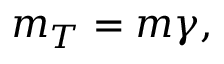
m _ { T } = m \gamma ,